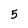
Character: 5